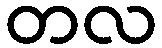
တလ